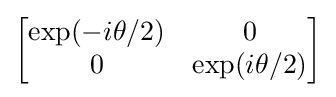
{\begin{bmatrix}\exp(-i\theta /2)&0\\0&\exp(i\theta /2)\end{bmatrix}}